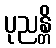
ပုညန္တိ